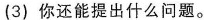
(3)你还能提出什么问题。